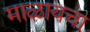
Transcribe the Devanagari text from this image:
माळायचा